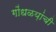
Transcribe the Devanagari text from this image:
गोंधळय़ांची